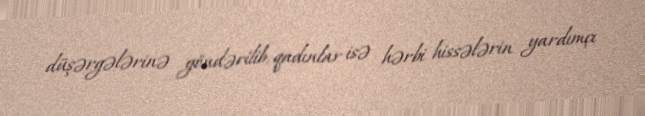
düşərgələrinə göndərilib, qadınlar isə hərbi hissələrin yardımçı